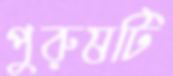
পুরুষটি